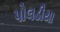
પોલડીયા